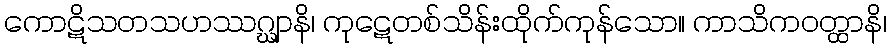
ကောဋိသတသဟဿဂ္ဃျာနိ၊ ကုဋေတစ်သိန်းထိုက်ကုန်သော။ ကာသိကဝတ္ထာနိ၊